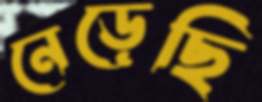
নেড়েছি